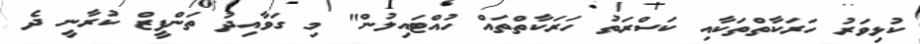
ކުޅިވަރު ހަރަކާތްތަކާއި ކަސްރަތު ހަރަކާތްތައް ހުއްޓައިލުން" މި ގަވާއިދު ތަންފީޒް ކުރާނީ ދެ